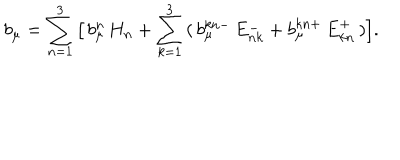
b _ { \mu } = \sum _ { n = 1 } ^ { 3 } \, \bigl [ \, b _ { \mu } ^ { n } \, H _ { n } + \sum _ { k = 1 } ^ { 3 } \, ( \, b _ { \mu } ^ { k n - } \, E _ { n k } ^ { - } + b _ { \mu } ^ { k n + } \, E _ { k n } ^ { + } \, ) \bigr ] .